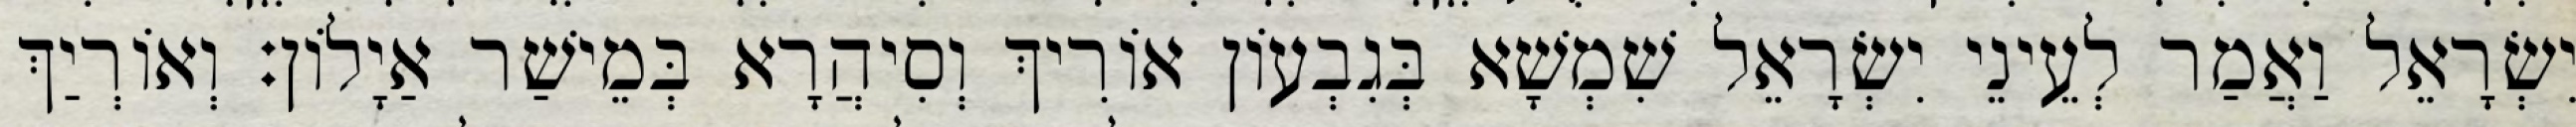
יִשְׂרָאֵל וַאֲמַר לְעֵינֵי יִשְׂרָאֵל שִׁמְשָׁא בְּגִבְעוֹן אוֹרִיךְ וְסִיהֲרָא בְּמֵישַׁר אַיָלוֹן׃ וְאוֹרְיַךְ